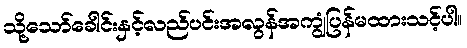
သို့သော်ခေါင်းနှင့်လည်ပင်းအလွန်အကျွံပြန်မထားသင့်ပါ။